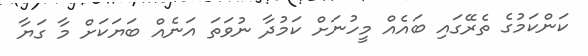
ކަންކަމުގެ ތެރޭގައި ބައެއް މީހުނަށް ކަމުދާ ނުވަތަ އަނެއް ބަޔަކަށް މާ ގަޔާ